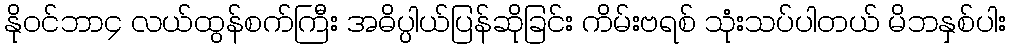
နိုဝင်ဘာ၄ လယ်ထွန်စက်ကြီး အဓိပ္ပါယ်ပြန်ဆိုခြင်း ကိမ်းဗရစ် သုံးသပ်ပါတယ် မိဘနှစ်ပါး